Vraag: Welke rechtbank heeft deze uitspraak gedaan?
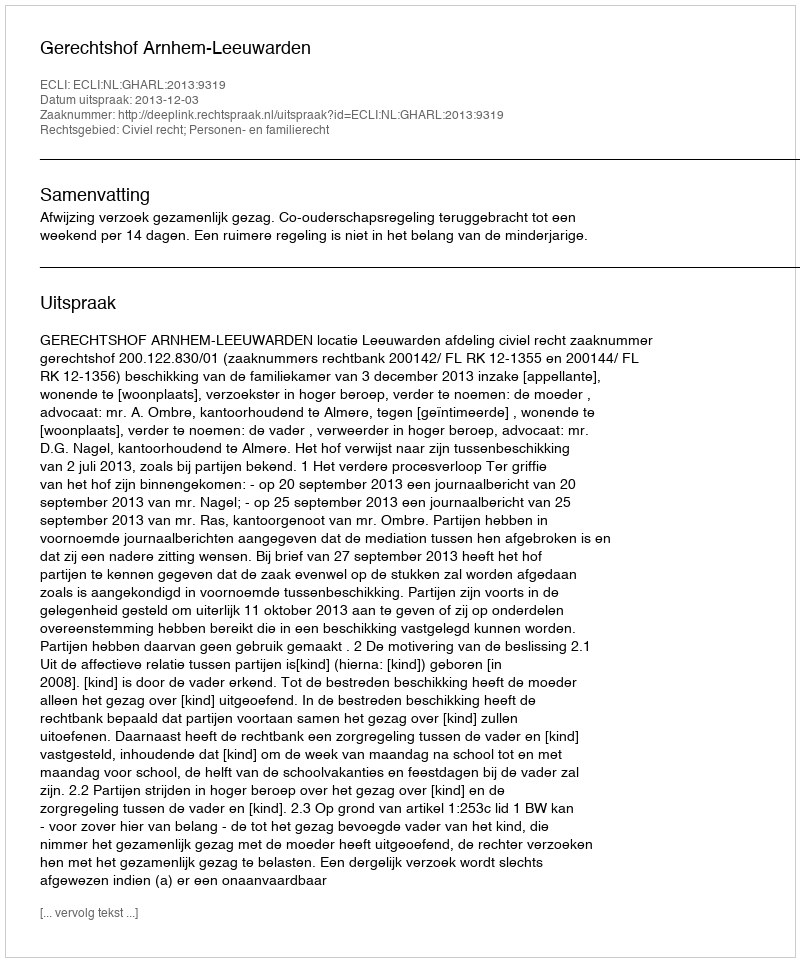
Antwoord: Gerechtshof Arnhem-Leeuwarden